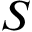
S